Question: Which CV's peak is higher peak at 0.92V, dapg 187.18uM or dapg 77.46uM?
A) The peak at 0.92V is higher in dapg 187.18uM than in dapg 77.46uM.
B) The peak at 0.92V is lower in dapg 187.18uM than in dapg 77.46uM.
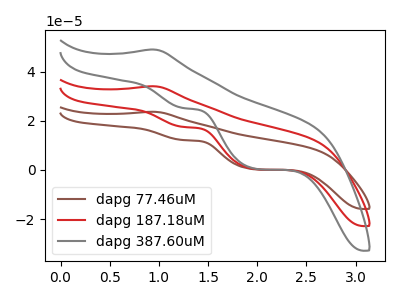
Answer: <think>The brown curve "dapg 77.46uM" has an anodic peak at (0.90V, 68.25uA) and cathodic peaks at (1.25V, 35.10uA) (2.00V, 0.70uA). The red curve "dapg 187.18uM" has an anodic peak at (0.90V, 34.15uA) and cathodic peaks at (1.25V, 17.55uA) (2.00V, 0.35uA). The gray curve "dapg 387.60uM" has an anodic peak at (0.90V, 49.10uA) and cathodic peaks at (1.25V, 25.25uA) (2.00V, 0.50uA).</think>
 <answer>B) The peak at 0.92V is lower in "dapg 187.18uM" than in "dapg 77.46uM".</answer>
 <eval>B</eval>